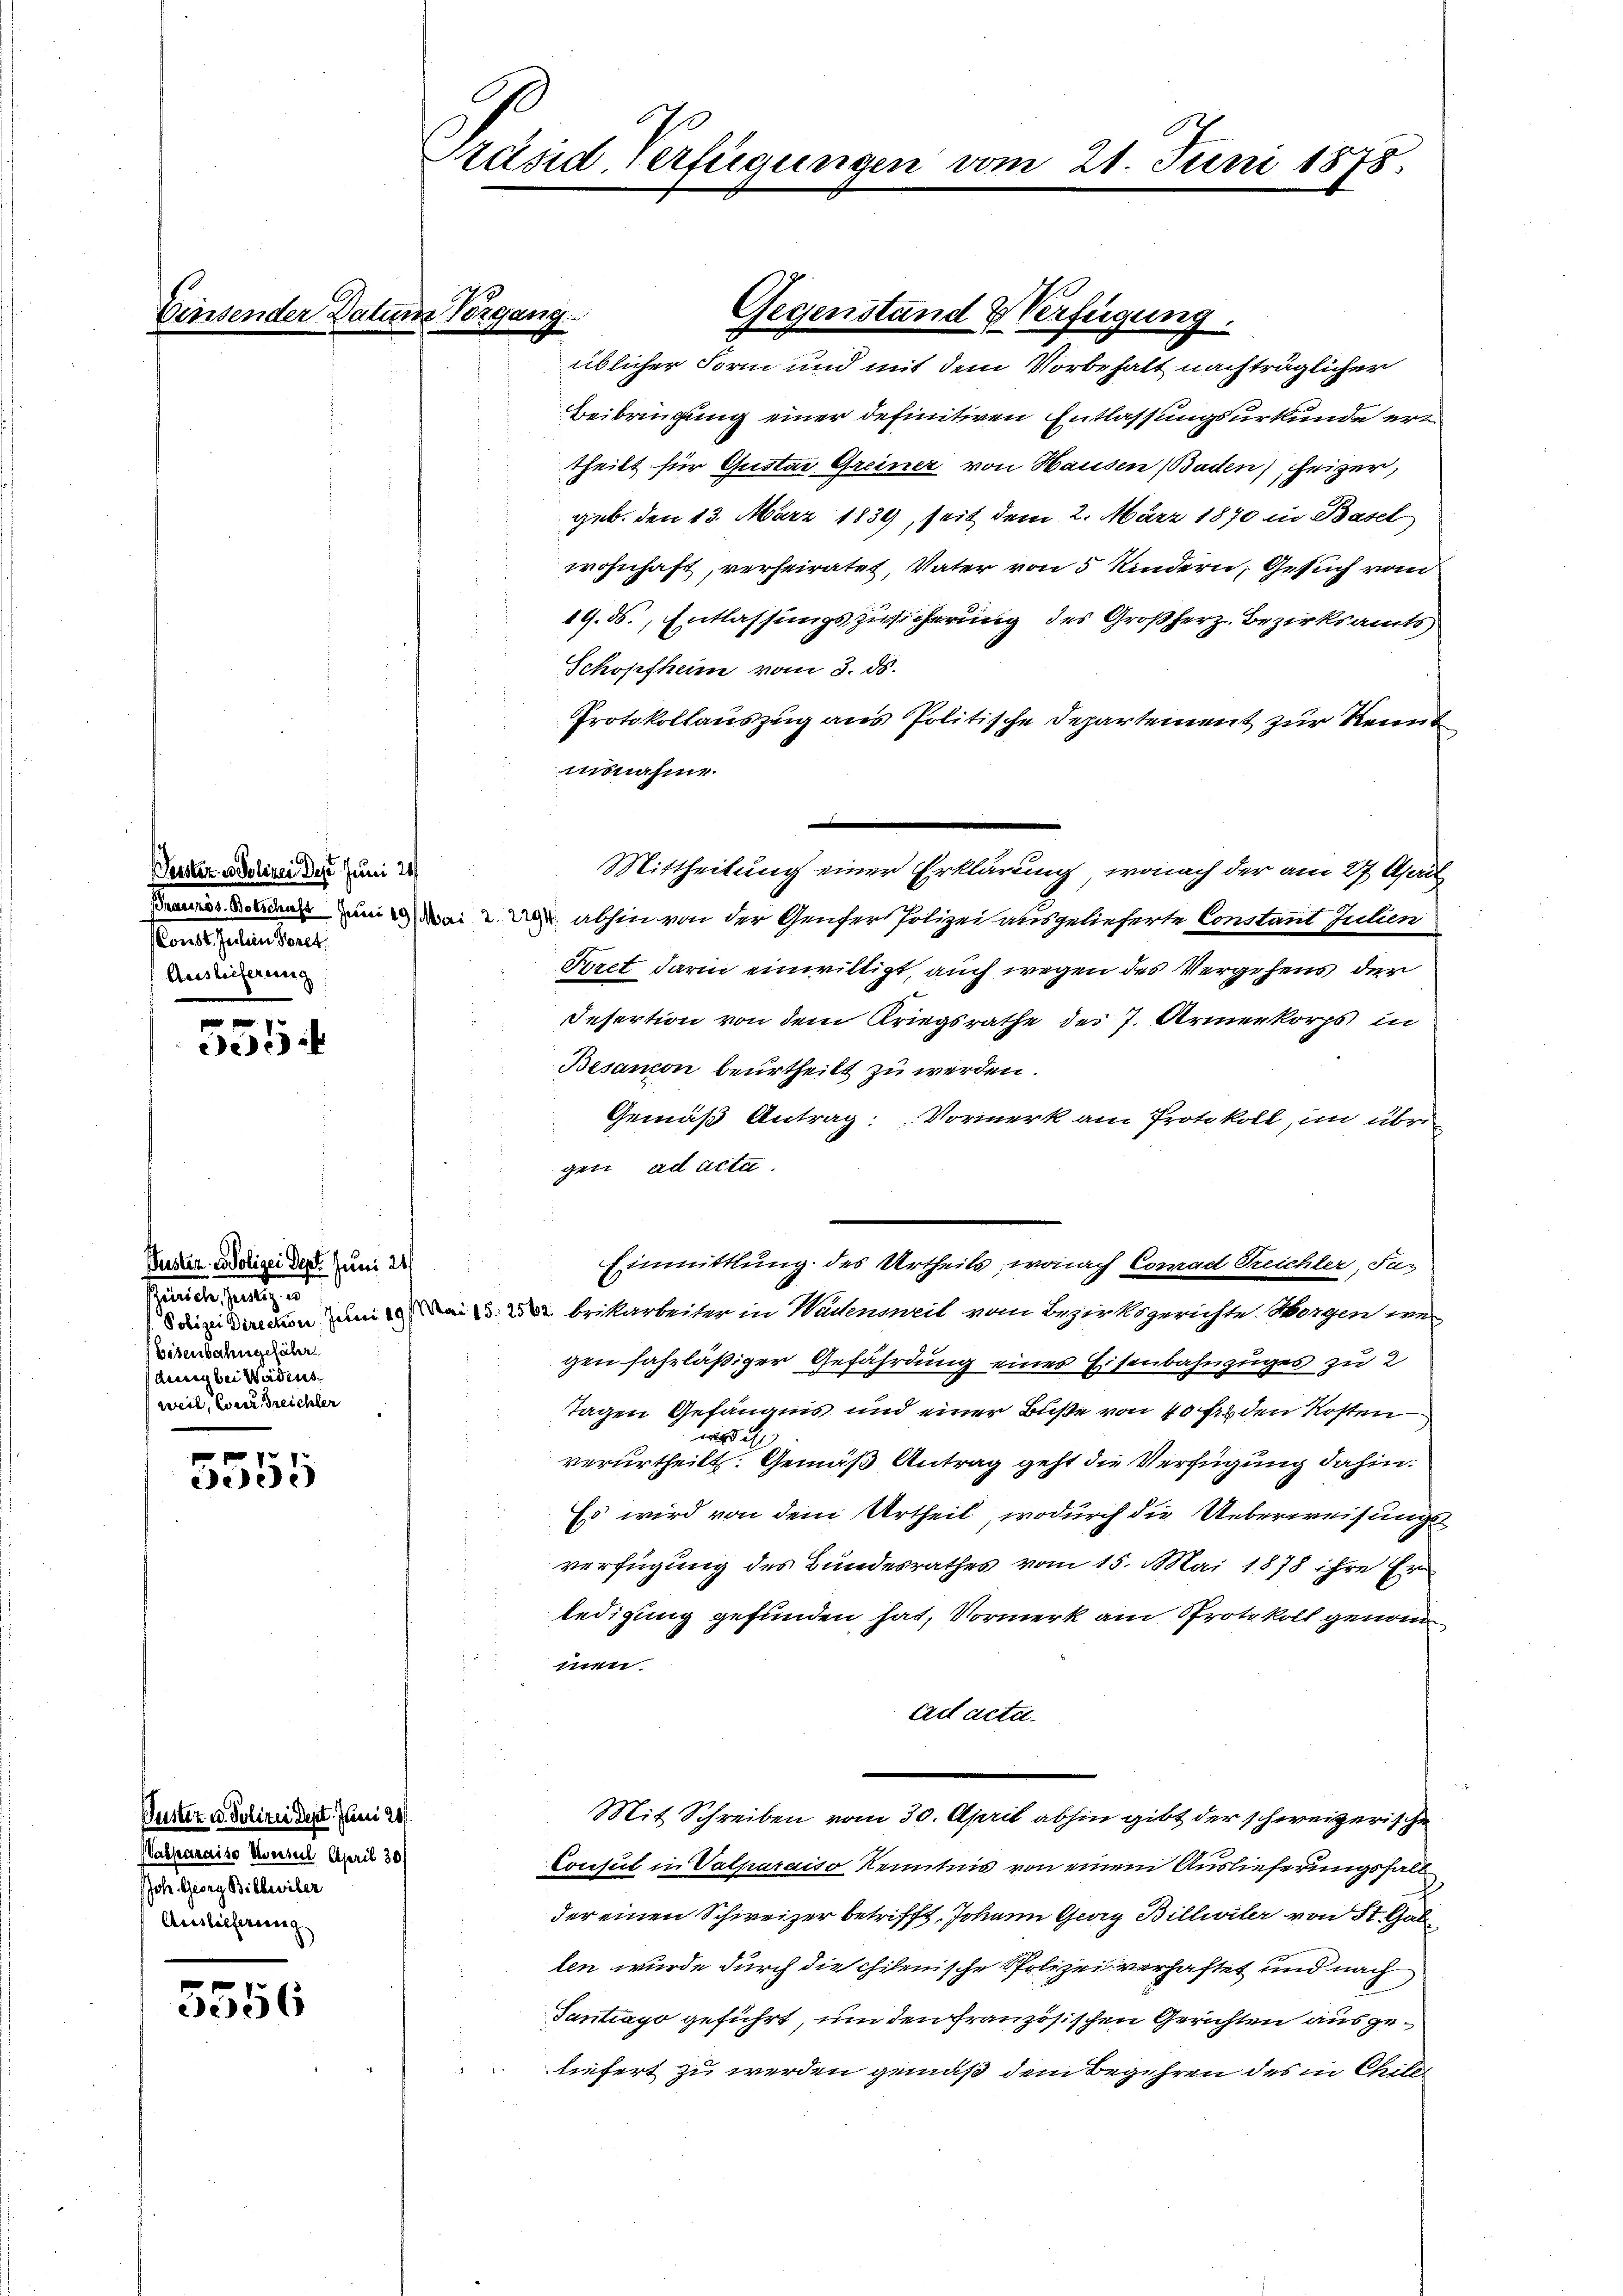
Gerster in Polizei des Juni 21
Const Peten Sonet
Ausleiferung

.
e

Puster er Polizei Dept. Juni 21.
shanderseitig er
Eisenbahngefähr
dung bei Wädens
weil, Carr Treichter

1
dedie

Puster u. Polizei dept. Juni 21/
(Valparaiso Konsul April 30.
Joh. Georg Billwiler
Auslieferung

5556

Einsender Datum Vorgang.

.
Präsid. Verfügungen vom 21. Juni 1878.

Gegenstand & Verfügung.

üblicher Form und mit dem Vorbehalt nachträglicher
Beibringung einer definitiven Entlassungsurkunde ertheilt für Gustav Greiner von Hausen (Baden) heizer,
geb. Den 13. März 1839, seit dem 2. März 1870 in Basel
wohnhaft, verheiratet, Vater von 5 Kindern, Gesuch vom
19. ds., Entlassungszusicherung des Großherz-Bezirksamts
Schopfheim vom 3. ds.
Protokollauszug aus Politische Departement zur Kennt
mnsnahme.
Deus Boten und abhin von der Genfer Polizei ausgelieferte Constant Julien
Peret darin einwilligt, auch wegen des Vergehens der
Insertion von dem Kriegsrathe des 7. Armenkorps in
Besanion beurtheilt zu werden.
Gemäß Antrag: Vormerk am Protokoll, im übri
gen ad acta.
Einmittlung des Urtheils, wonach Conrad Treichler, Sadaige diren um 1. Mai d. 262 brikarbeiter in Wadenseil vom Bezirksgerichte. Horgen wer
gen fahrläßiger Gefährdung eines Eisenbahnzuges zu 2
Tagen Gefängnis und einer Buße von 40 fr. den Kosten
wird d
verurtheilt. Gemäß Antrag geht die Verfügung dahin:
Es wird von dem Urtheil, wodurch die Ueberweisungsverfügung des Bundesrathes vom 15. Mai 1878 ihre Er
ledigung gefunden hat, Vormerk am Protokoll genom
men.
erd acta.
Mit Schreiben vom 30. April abhin gibt der schweizerische
Consul in Valparaiso Kenntnis von einem Auslieferungsfall
der einen Schweizer betrifft, Johann Georg Billwiler von St. Gal
len wurde durch die chilenische Polizei verhaftet und nach
Tantrago geführt, um den französischen Gerichten ausgeliefert zu werden gemäß dem Begehren des in Chiler

Mittheilung einer Erklärung, wonach der am 27 April